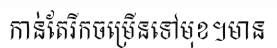
កាន់តែរីកចម្រើនទៅមុខ។មាន